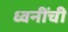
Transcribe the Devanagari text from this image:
ध्वनींची